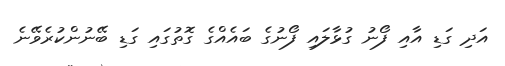
އަދި ގަޑި އާއި ފޯނު ގުޅާލައި ފޯނުގެ ބައެއްގެ ގޮތުގައި ގަޑި ބޭނުންކުރެވޭނެ